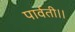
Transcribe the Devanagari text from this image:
पार्वती।।